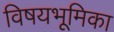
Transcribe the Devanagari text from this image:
विषयभूमिका